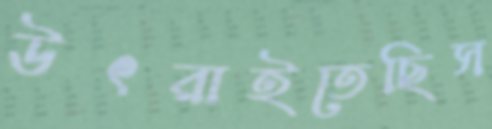
উৎরাইতেছিস